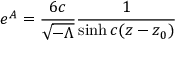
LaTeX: e ^ { A } = \frac { 6 c } { { \sqrt { - \Lambda } } } \frac { 1 } { \sinh c ( z - z _ { 0 } ) }